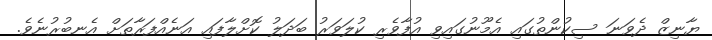
ޔާނިޒް ދެވަނަ ސިކުންތުގައި އެމޫނުގައިވި އުފާވެރި ކުލަވަރު ބަދަލު ކޮށްލާފައި އަނެއްްފަރާތަށް އެނބުރުނެވެ.